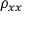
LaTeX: \rho _ { x x }